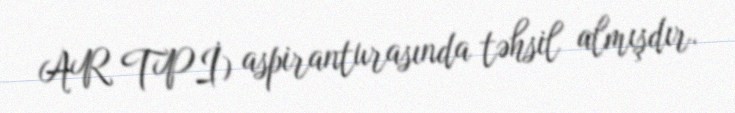
AR TPİ) aspiranturasında təhsil almışdır.